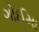
ગોઈમા